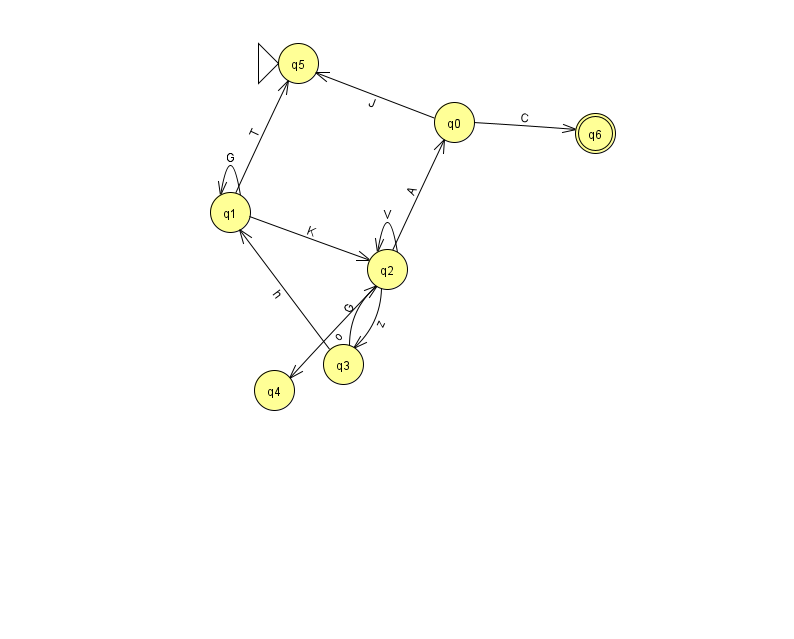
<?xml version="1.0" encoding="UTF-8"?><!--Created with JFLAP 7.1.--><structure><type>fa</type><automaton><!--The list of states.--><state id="0" name="q0"><x>454.0</x><y>109.0</y></state><state id="1" name="q1"><x>230.0</x><y>199.0</y></state><state id="2" name="q2"><x>387.0</x><y>256.0</y></state><state id="3" name="q3"><x>343.0</x><y>351.0</y></state><state id="4" name="q4"><x>274.0</x><y>377.0</y></state><state id="5" name="q5"><x>298.0</x><y>50.0</y><initial/></state><state id="6" name="q6"><x>595.0</x><y>120.0</y><final/></state><!--The list of transitions.--><transition><from>2</from><to>3</to><read>z</read></transition><transition><from>3</from><to>1</to><read>h</read></transition><transition><from>2</from><to>0</to><read>A</read></transition><transition><from>2</from><to>2</to><read>V</read></transition><transition><from>0</from><to>5</to><read>J</read></transition><transition><from>1</from><to>1</to><read>G</read></transition><transition><from>1</from><to>5</to><read>T</read></transition><transition><from>2</from><to>4</to><read>o</read></transition><transition><from>0</from><to>6</to><read>C</read></transition><transition><from>1</from><to>2</to><read>K</read></transition><transition><from>3</from><to>2</to><read>G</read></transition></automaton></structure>